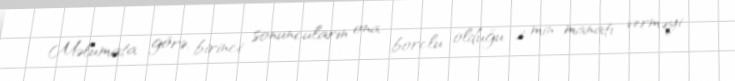
Məlumata görə, birinci sonuncuların ona borclu olduğu 2 min manatı verməyi